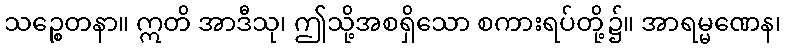
သဉ္စေတနာ။ ဣတိ အာဒီသု၊ ဤသို့အစရှိသော စကားရပ်တို့၌။ အာရမ္မဏေန၊